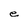
Character: e